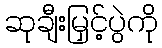
ဆုချီးမြှင့်ပွဲကို